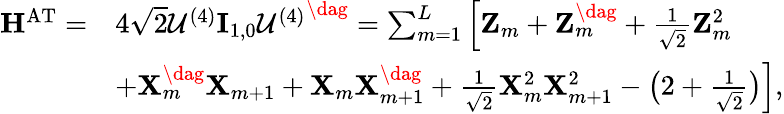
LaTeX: \begin{array}{rl}{\mathbf{H}^{\mathrm{AT}}=}&{4\sqrt{2}\mathcal{U}^{(4)}\mathbf{I}_{1,0}{\mathcal{U}^{(4)}}^{\dag}=\sum_{m=1}^{L}\left[\mathbf{Z}_{m}+\mathbf{Z}_{m}^{\dag}+\frac{1}{\sqrt{2}}\mathbf{Z}_{m}^{2}\right.}\\ &{\left.+\mathbf{X}_{m}^{\dag}\mathbf{X}_{m+1}+\mathbf{X}_{m}\mathbf{X}_{m+1}^{\dag}+\frac{1}{\sqrt{2}}\mathbf{X}_{m}^{2}\mathbf{X}_{m+1}^{2}-\big(2+\frac{1}{\sqrt{2}}\big)\right],}\end{array}